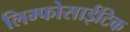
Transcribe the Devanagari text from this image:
लिम्फोसाईटिक